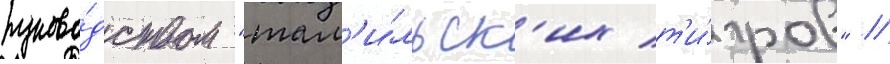
руково́дством "там'и́льск'их т'и́гров" //